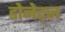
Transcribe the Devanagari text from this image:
डोनेट्ज़